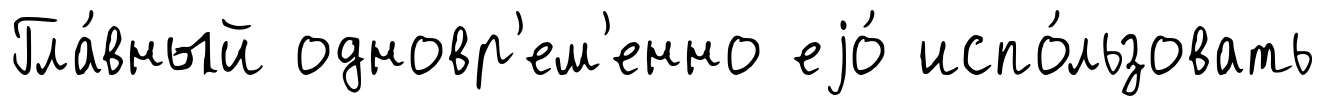
Гла́вный одновр'ем'енно еjо́ испо́льзовать